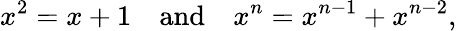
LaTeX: x^{2}=x+1\quad{\mathrm{and}}\quad x^{n}=x^{n-1}+x^{n-2},